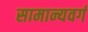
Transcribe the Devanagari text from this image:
सामान्यवर्ग